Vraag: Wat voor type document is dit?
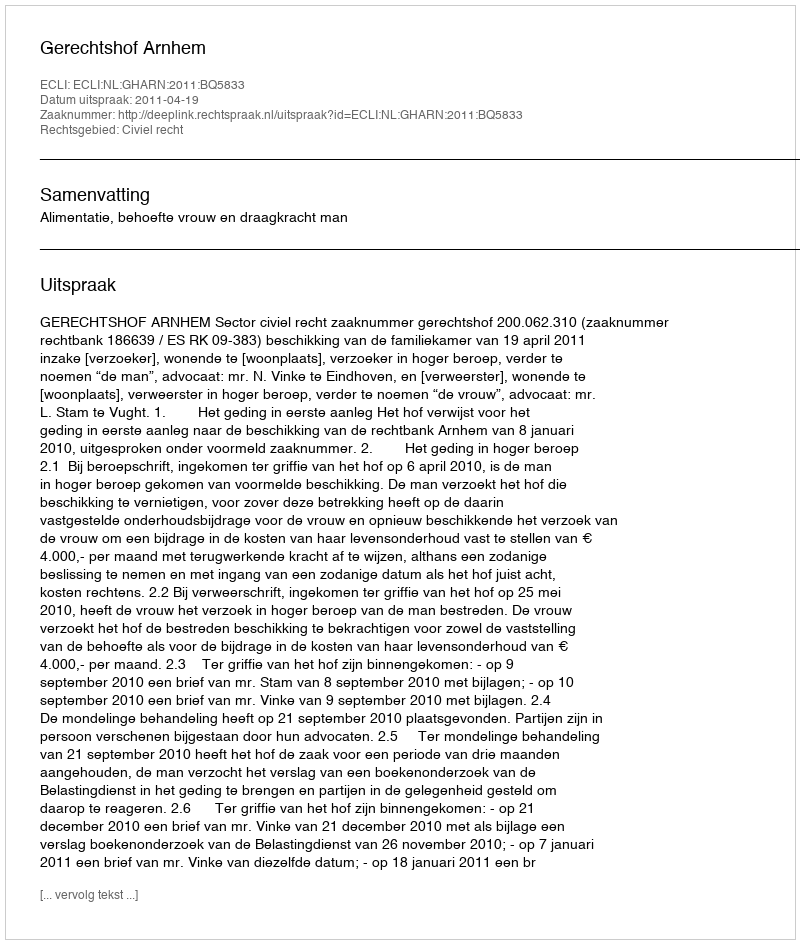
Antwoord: Uitspraak